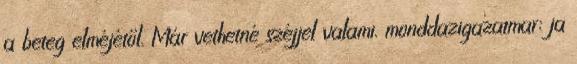
a beteg elméjétől. Már vethetné széjjel valami. monddazigazatmar: ja